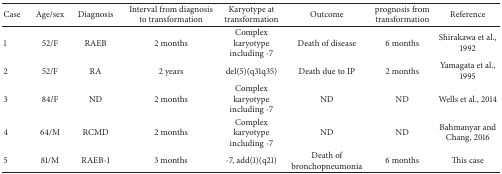
<table><thead><tr><td><b>Case</b></td><td><b>Age/sex</b></td><td><b>Diagnosis</b></td><td><b>Interval from diagnosis to transformation</b></td><td><b>Karyotype at transformation</b></td><td><b>Outcome</b></td><td><b>prognosis from transformation</b></td><td><b>Reference</b></td></tr></thead><tbody><tr><td>1</td><td>52/F</td><td>RAEB</td><td>2 months</td><td>Complex karyotype including -7</td><td>Death of disease</td><td>6 months</td><td>Shirakawa et al., 1992</td></tr><tr><td>2</td><td>52/F</td><td>RA</td><td>2 years</td><td>del(5)(q31q35)</td><td>Death due to IP</td><td>2 months</td><td>Yamagata et al., 1995</td></tr><tr><td>3</td><td>84/F</td><td>ND</td><td>2 months</td><td>Complex karyotype including -7</td><td>ND</td><td>ND</td><td>Wells et al., 2014</td></tr><tr><td>4</td><td>64/M</td><td>RCMD</td><td>2 months</td><td>Complex karyotype including -7</td><td>ND</td><td>ND</td><td>Bahmanyar and Chang, 2016</td></tr><tr><td>5</td><td>81/M</td><td>RAEB-1</td><td>3 months</td><td>-7, add(1)(q21)</td><td>Death of bronchopneumonia</td><td>6 months</td><td>This case</td></tr></tbody></table>